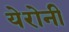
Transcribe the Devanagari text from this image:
येरोनी